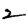
Digit: 2